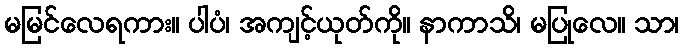
မမြင်လေရကား။ ပါပံ၊ အကျင့်ယုတ်ကို။ နာကာသိ၊ မပြုလေ။ သာ၊